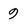
Character: 9